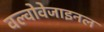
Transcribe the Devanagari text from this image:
वल्वोवेजाइनल